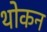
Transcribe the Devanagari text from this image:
थोकन